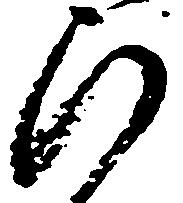
ひ